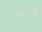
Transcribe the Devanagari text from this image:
राजसभापंडित